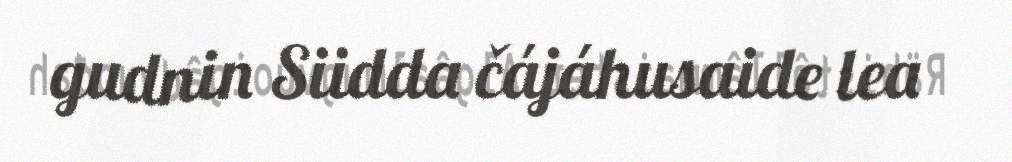
gudnin Siidda čájáhusaide lea